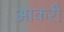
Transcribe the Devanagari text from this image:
आकरी